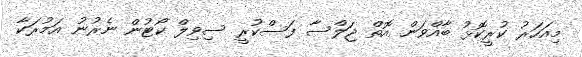
މިއަހަރު ކުރީކޮޅު ބާއްވަން އޮތް ޖަލްސާ ފަސްކުރީ ސިވިލް ކޯޓުން ނެރުނު އަމުރަކާ